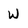
Character: W